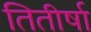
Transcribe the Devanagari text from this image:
तितीर्षा